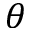
\theta